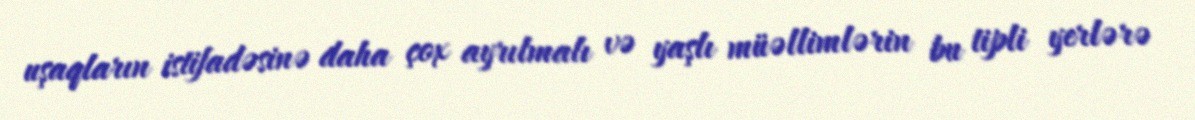
uşaqların istifadəsinə daha çox ayrılmalı və yaşlı müəllimlərin bu tipli yerlərə